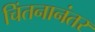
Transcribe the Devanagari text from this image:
चिंतनानंतर